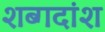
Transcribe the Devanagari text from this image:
शब्गदांश